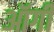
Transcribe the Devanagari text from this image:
ऑर्गी